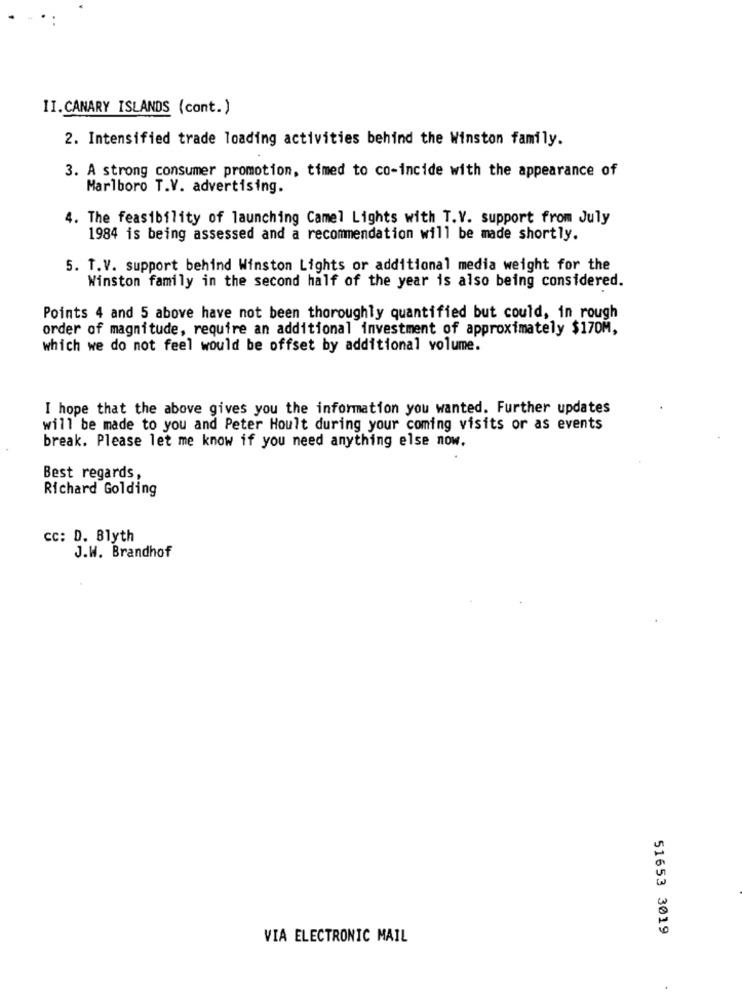
II.CANARY ISLANDS (cont.)
2. Intensified trade loading activities behind the Winston family.
3. A strong consumer promotion, timed to co-incide with the appearance of
Marlboro T.V. advertising.
4. The feasibility of launching Camel Lights with T.V. support from July
1984 is being assessed and a recommendation will be made shortly.
5. T.V. support behind Winston Lights or additional media weight for the
Winston family in the second half of the year is also being considered.
Points 4 and 5 above have not been thoroughly quantified but could, in rough
order of magnitude, require an additional investment of approximately $170M,
which we do not feel would be offset by additional volume.
I hope that the above gives you the information you wanted. Further updates
will be made to you and Peter Hoult during your coming visits or as events
break. Please let me know if you need anything else now.
Best regards,
Richard Golding
cc: D. Blyth
J.W. Brandhof
51653 3019
VIA ELECTRONIC MAIL